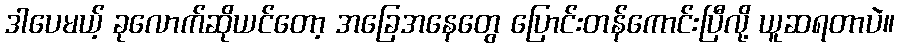
ဒါပေမယ့် ခုလောက်ဆိုယင်တော့ အခြေအနေတွေ ပြောင်းတန်ကောင်းပြီလို့ ယူဆရတာပဲ။